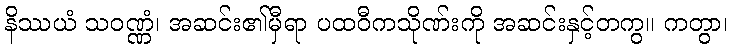
နိဿယံ သဝဏ္ဏံ၊ အဆင်း၏မှီရာ ပထဝီကသိုဏ်းကို အဆင်းနှင့်တကွ။ ကတွာ၊